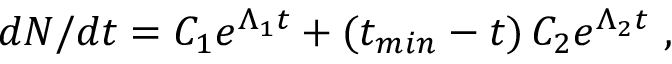
d N / d t = C _ { 1 } e ^ { \Lambda _ { 1 } t } + ( t _ { m i n } - t ) \, C _ { 2 } e ^ { \Lambda _ { 2 } t } \ ,